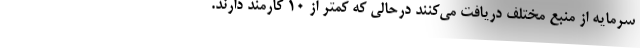
سرمایه از منبع مختلف دریافت می‌کنند درحالی که کمتر از ۱۰ کارمند دارند.